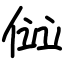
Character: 傡